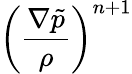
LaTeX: \left(\frac{\nabla\tilde{p}}{\rho}\right)^{n+1}